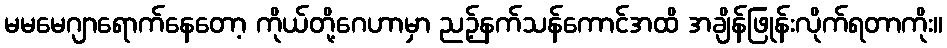
မမမေဂျာရောက်နေတော့ ကိုယ်တို့ဂေဟာမှာ ညဉ့်နက်သန်ကောင်အထိ အချိန်ဖြုန်းလိုက်ရတာကိုး။